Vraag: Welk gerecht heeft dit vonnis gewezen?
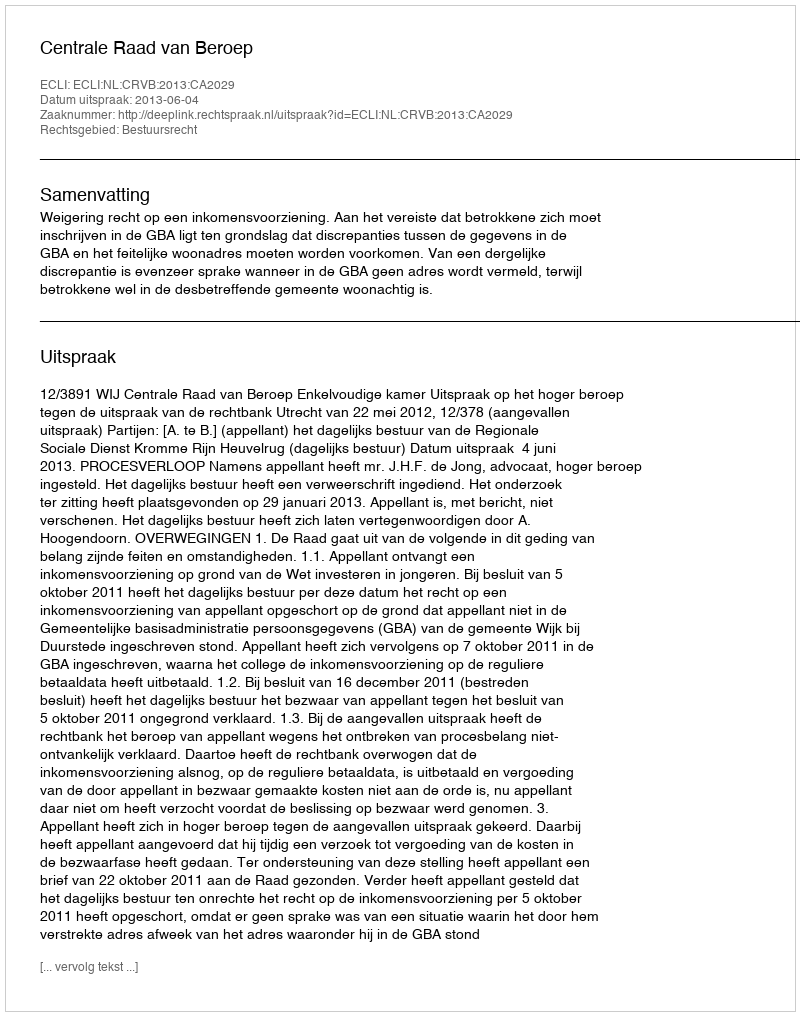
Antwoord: Centrale Raad van Beroep